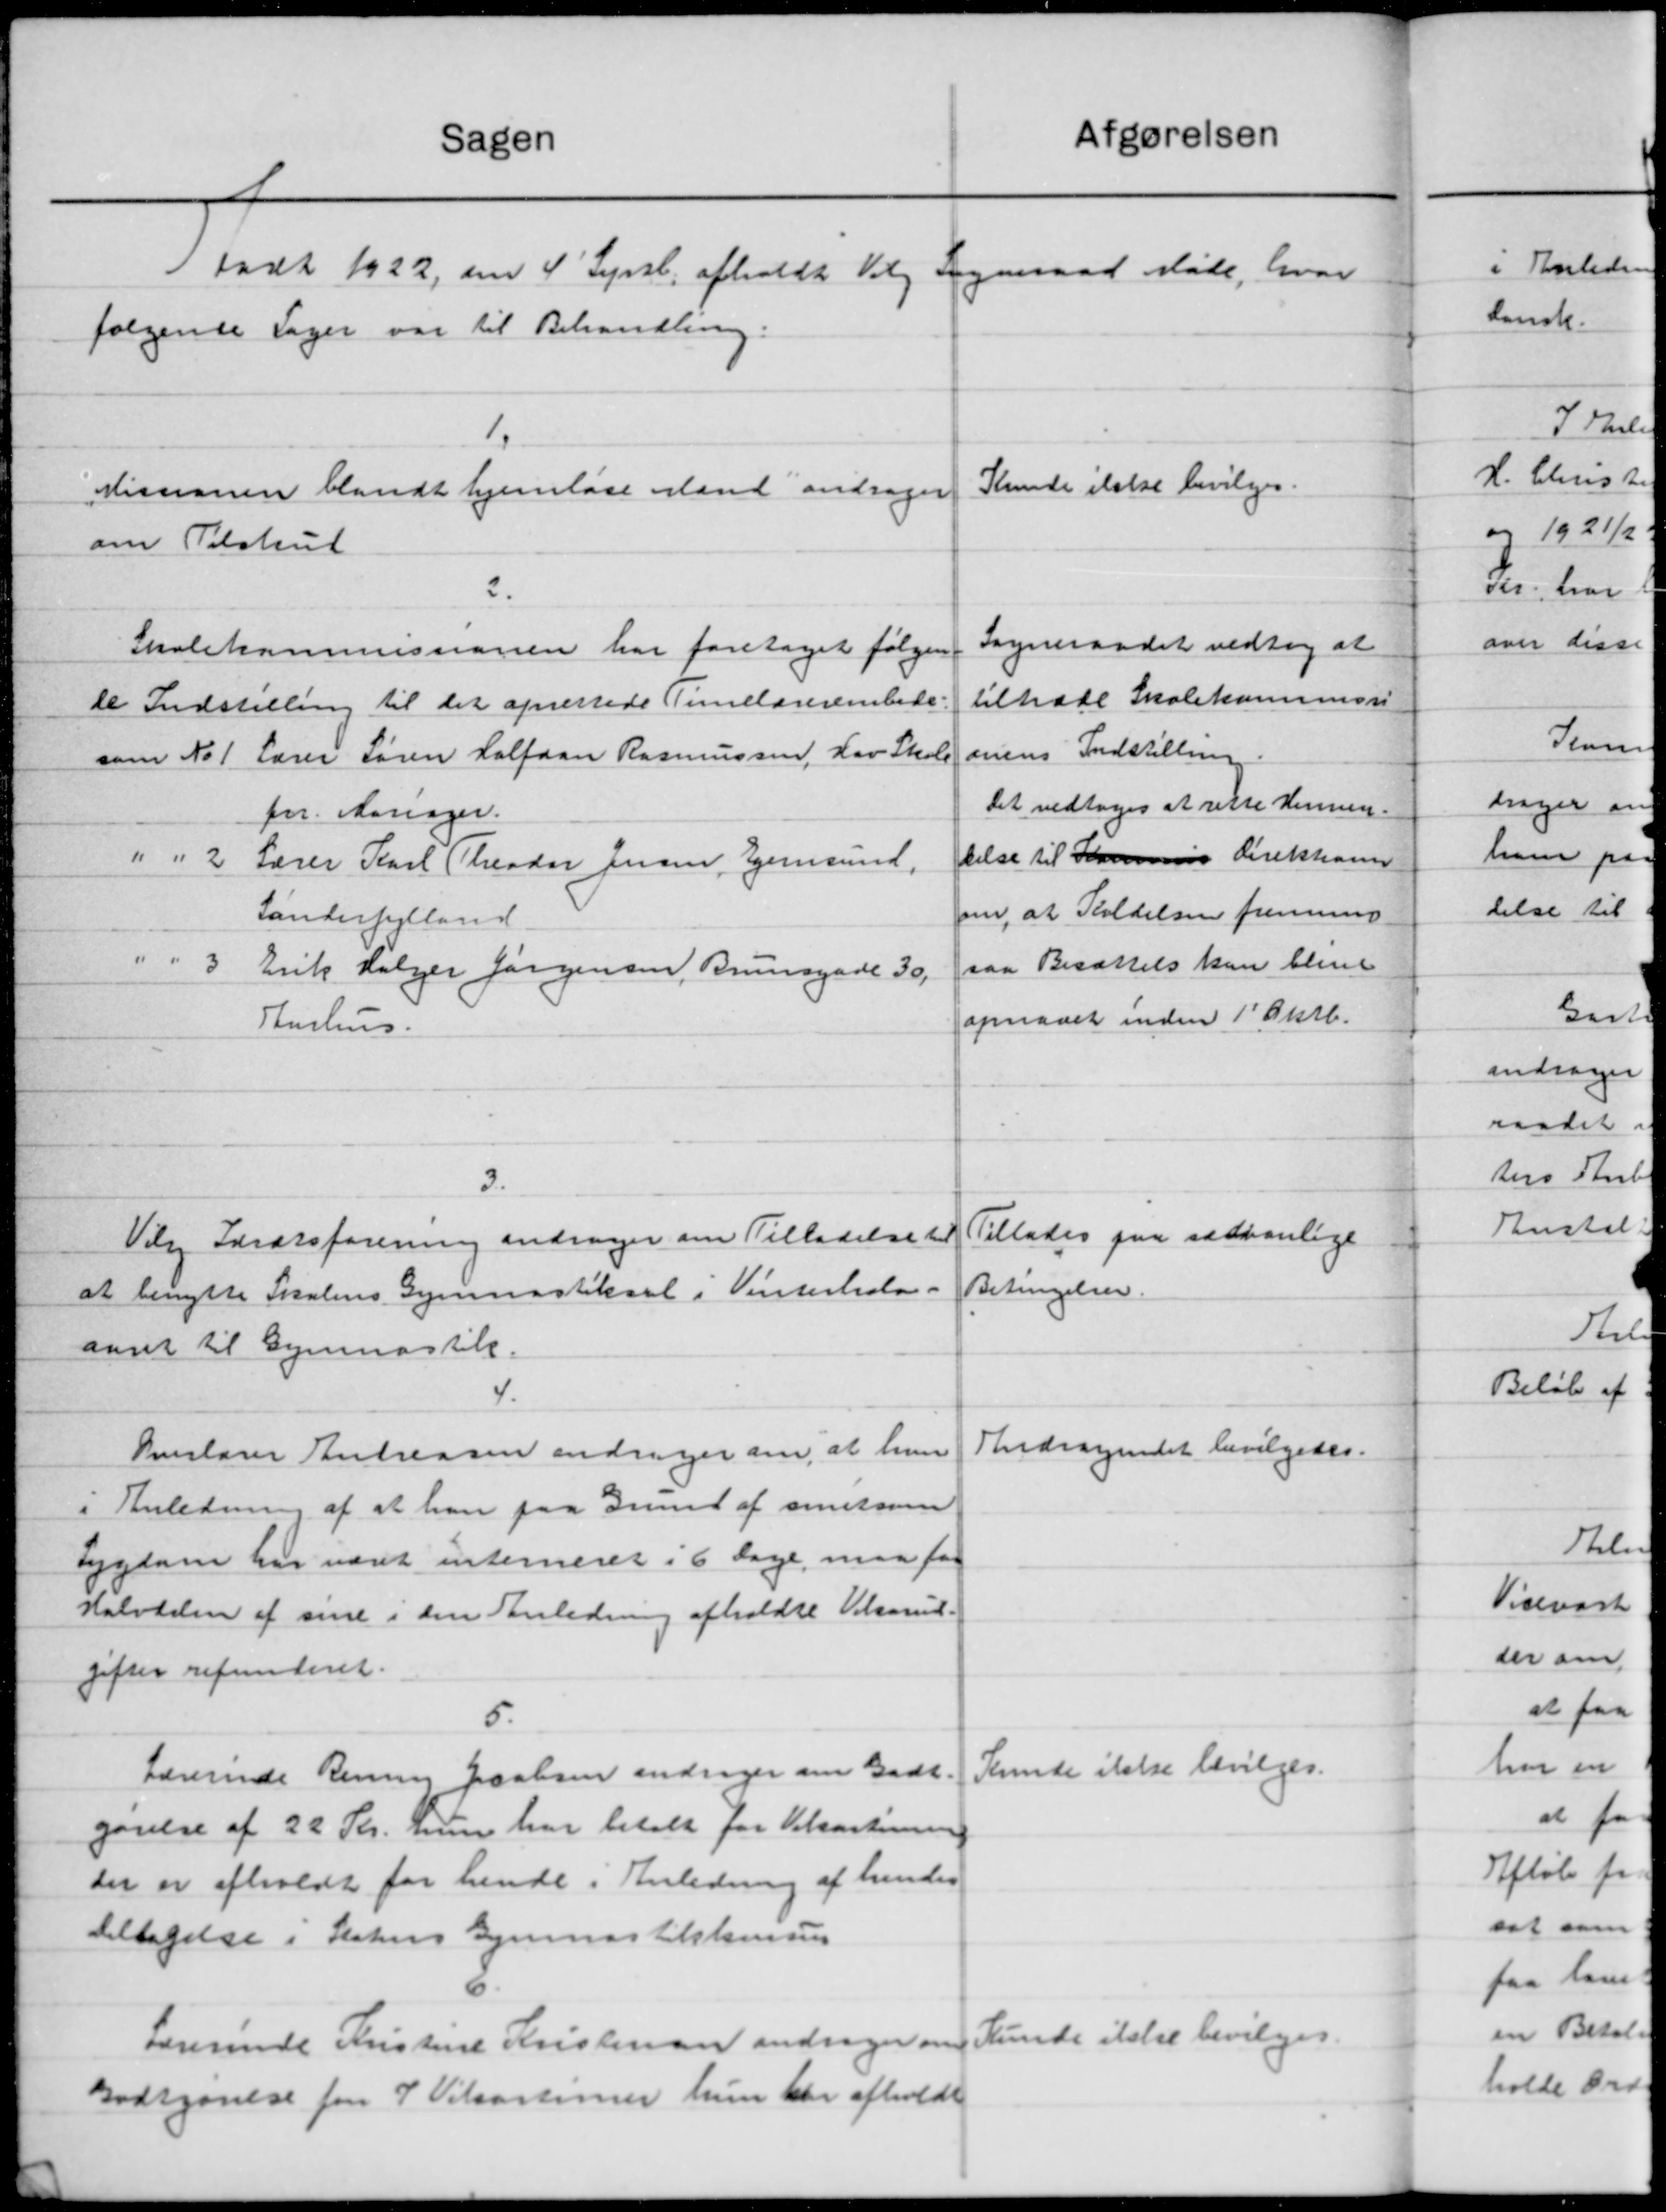
Transskription:
afgørelsen
Sagen
1 født 1922 den 4' Septb. afholdt Valg Sogneraad Møde, hvor
følgende Sager var til Behandling:
1
Kunde ikke bevilges.
Missionen blandt hjemløse Mand andrager
om Tilskud
2.
Sogneraadet vedtog at
Skolekommissionen har foretaget følgen
tiltræde Skolekommissi
de Indstilling til det oprettede Timelærerembede
onens Indstilling.
som No 1 Lærer Søren Halfdan Rasmussen, Lav Skole
Det vedtoges at rette Hennem-
for Aarsager.
telse til Sommens Direktor
" " 2 Lærer Karl Theodor Jensen, Hjemsund,
om, at Koldelsen fremmer
Sønderjylland.
saa Besættelse kan blive
" " 3 Erik Holger Jørgensen, Brunsgade 30,
opnaaet inden 1' Oktb.
Aarhus.
3.
Tillades paa sædvanlige
Vilg Idrætsforening andrager om Tilladelse til
Betingelser.
at benytte Skolens Gymnastiksal i Vinterhold-
aaret til Gymnastik.
4.
Andragendet bevilgedes.
Hverlærer Andreasen andrager om, at hun
i Anledning af at han paa Grund af sinetsom
Sygdom har været interneret i 6 Dage, maa faa
Halvdelen af sine i den Anledning afholdte Vikarud-
gifter refunderet.
5.
Skunde ikke bevilges.
Lærerinde Rening Jacobsen andrager om Godt.
gørelse af 22 Skr. hun har betalt for Vikartionen
der er afholdt for hende i Anledning af hendes
deltagelse i Statens Gjennastikkensen
Lærerinde Kristine Kristensen andrager om Kunde ikke bevilges.
Godtgørelse for P Vitsartimer hun blev afholdt